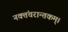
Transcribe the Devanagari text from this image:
नक्तंचरान्तकम्‌।